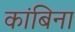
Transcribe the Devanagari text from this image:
कांबिना